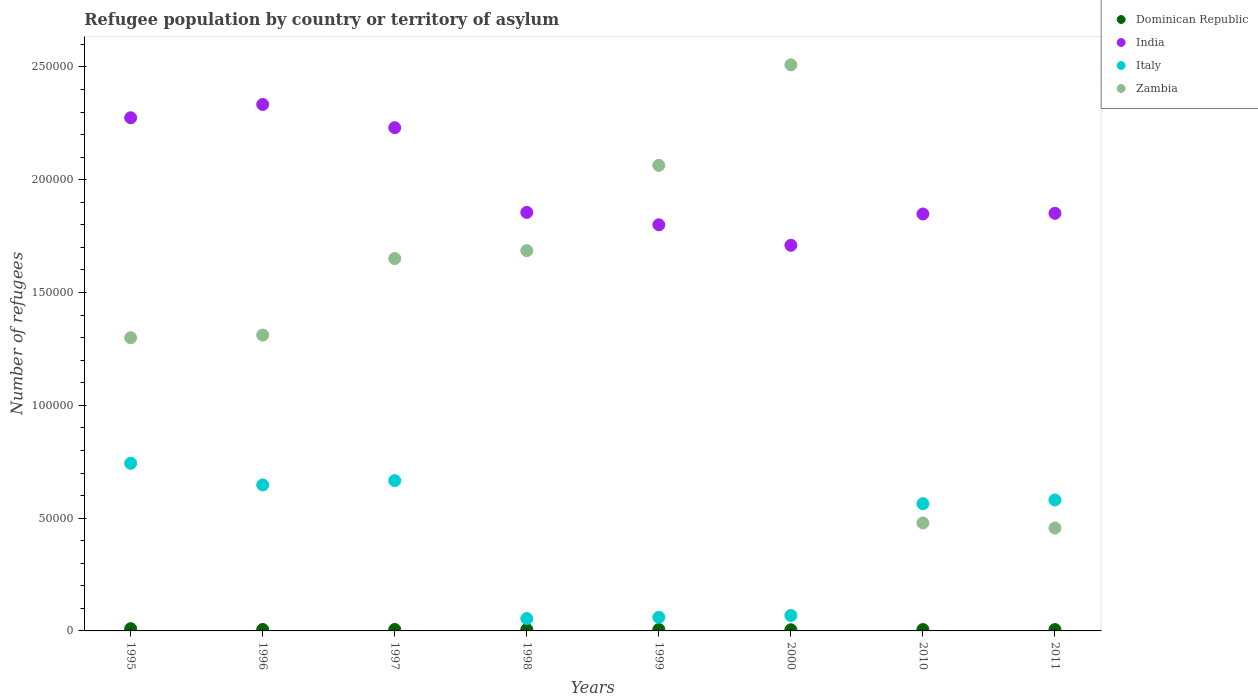
| Years | Dominican Republic | India | Italy | Zambia |
 | --- | --- | --- | --- | --- |
 | 1995 | 985 | 2.27e+05 | 7.43e+04 | 1.3e+05 |
 | 1996 | 640 | 2.33e+05 | 6.47e+04 | 1.31e+05 |
 | 1997 | 638 | 2.23e+05 | 6.66e+04 | 1.65e+05 |
 | 1998 | 614 | 1.86e+05 | 5.47e+03 | 1.69e+05 |
 | 1999 | 625 | 1.8e+05 | 6.02e+03 | 2.06e+05 |
 | 2000 | 510 | 1.71e+05 | 6.85e+03 | 2.51e+05 |
 | 2010 | 599 | 1.85e+05 | 5.64e+04 | 4.79e+04 |
 | 2011 | 595 | 1.85e+05 | 5.81e+04 | 4.56e+04 |